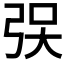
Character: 𫸯